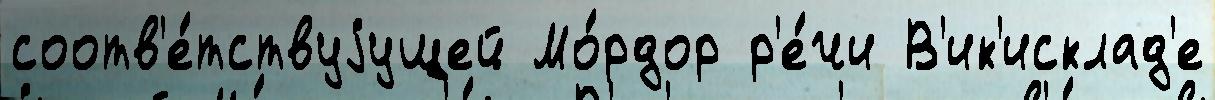
соотв'е́тствуjущей Мо́рдор р'е́чи В'ик'исклад'е